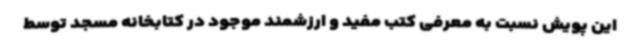
این پویش نسبت به معرفی کتب مفید و ارزشمند موجود در کتابخانه مسجد توسط